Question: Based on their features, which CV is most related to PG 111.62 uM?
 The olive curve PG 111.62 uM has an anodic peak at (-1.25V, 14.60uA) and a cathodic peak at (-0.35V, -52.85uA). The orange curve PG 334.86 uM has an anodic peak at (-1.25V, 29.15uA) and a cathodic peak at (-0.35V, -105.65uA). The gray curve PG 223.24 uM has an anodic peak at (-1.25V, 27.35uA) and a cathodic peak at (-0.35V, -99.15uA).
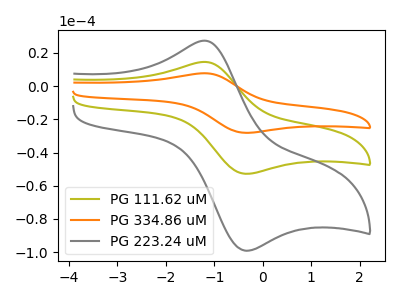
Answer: <think>All the peaks in "PG 111.62 uM" have a peak in "PG 334.86 uM" at the same potential. Every peak in "PG 111.62 uM" is lower than every peak in "PG 334.86 uM". All the peaks in "PG 111.62 uM" have a peak in "PG 223.24 uM" at the same potential. Every peak in "PG 111.62 uM" is lower than every peak in "PG 223.24 uM". All the peaks in "PG 334.86 uM" have a peak in "PG 223.24 uM" at the same potential. Every peak in "PG 334.86 uM" is higher than every peak in "PG 223.24 uM".
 </think>
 <answer>"PG 111.62 uM" and "PG 334.86 uM" have a similar shape to "PG 223.24 uM".</answer>
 <eval>"PG 111.62 uM" "PG 334.86 uM"</eval>